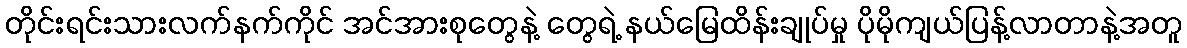
တိုင်းရင်းသားလက်နက်ကိုင် အင်အားစုတွေနဲ့ တွေရဲ့ နယ်မြေထိန်းချုပ်မှု ပိုမိုကျယ်ပြန့်လာတာနဲ့အတူ